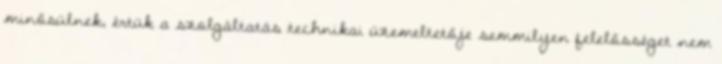
minősülnek, értük a szolgáltatás technikai üzemeltetője semmilyen felelősséget nem